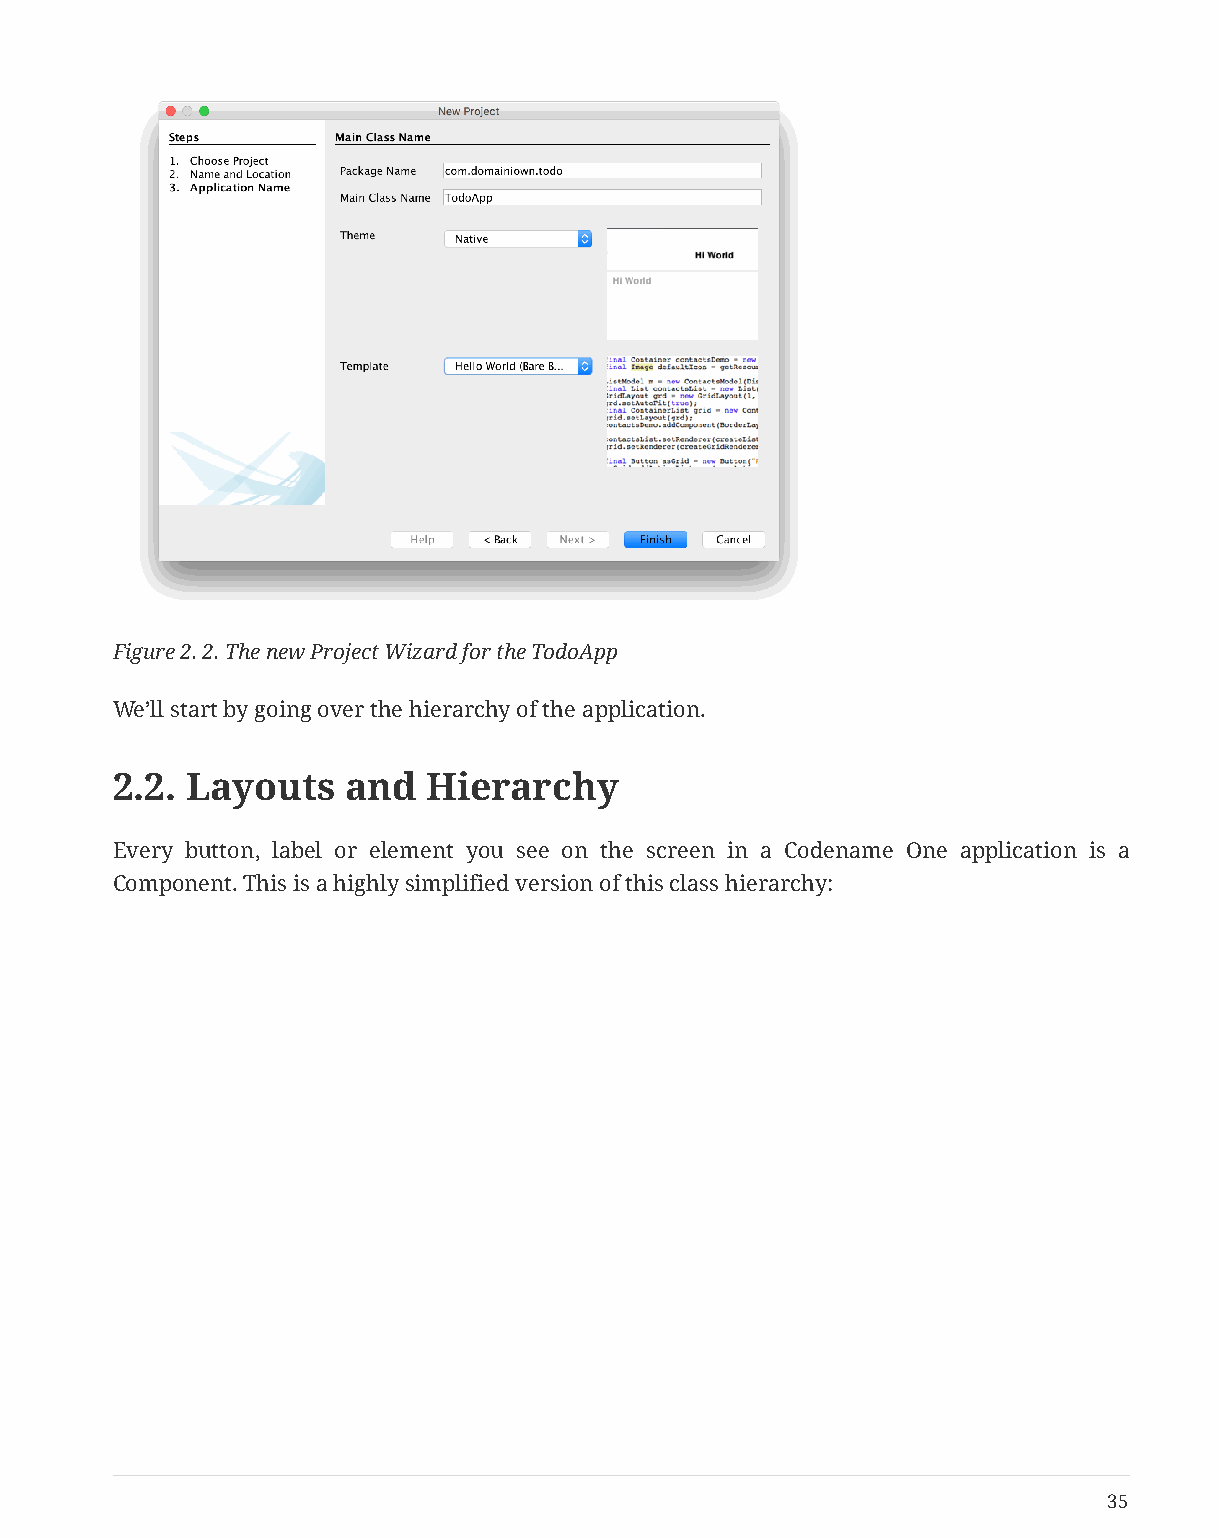
Figure 2. 2. The new Project Wizard for the TodoApp
 We’ll start by going over the hierarchy of the application.
 2.2. Layouts    and  Hierarchy
 Every button, label or element you see on the screen in a Codename One application is a
 Component. This is a highly simplified version of this class hierarchy:
 35